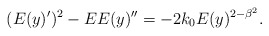
\begin{align*}(E(y)^\prime)^2-EE(y)^{\prime\prime}=-2k_0E(y)^{2-\beta^2}.\end{align*}